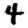
Digit: 4